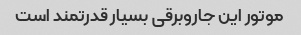
موتور این جاروبرقی بسیار قدرتمند است